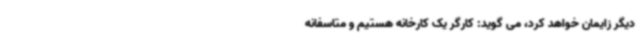
دیگر زایمان خواهد کرد، می گوید: کارگر یک کارخانه هستیم و متاسفانه